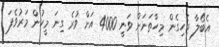
އެބޯލާ ޖެހިގެން މިހާތަނަށް ވަނީ 4000 އަށް ވުރެ ގިނަ މީހުން މަރުވެފަ